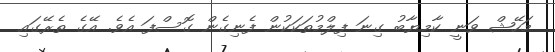
މަހޭޝް ވަނީ ކާމިޔާބު ގިނަ ފިލްމުތަކަކުން ފެނިގެން ގޮސްފަ އެވެ. އޭގެ ތެރޭގައި